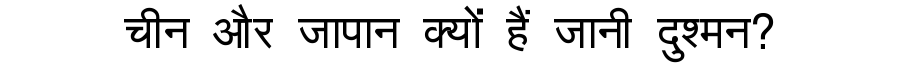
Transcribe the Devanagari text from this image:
चीन और जापान क्यों हैं जानी दुश्मन?